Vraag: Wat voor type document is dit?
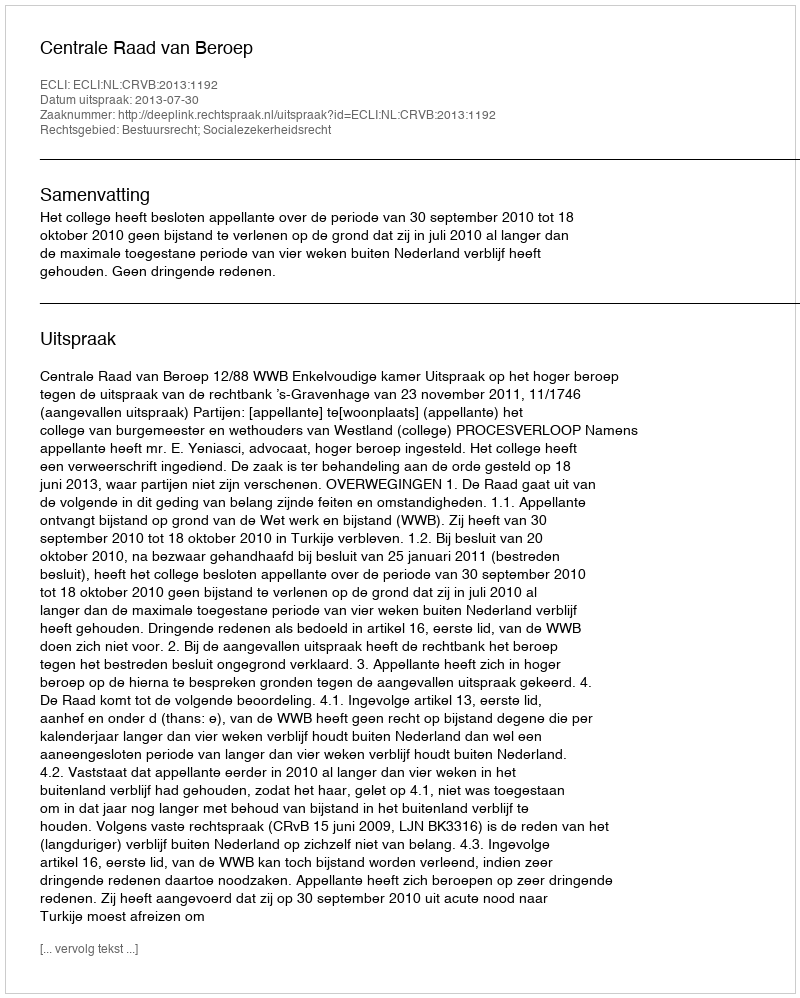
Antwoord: Uitspraak